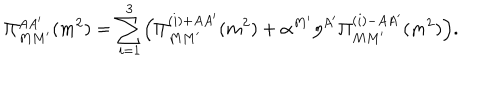
LaTeX: \Pi _ { M M ^ { \prime } } ^ { A A ^ { \prime } } ( m ^ { 2 } ) = \sum _ { i = 1 } ^ { 3 } \Bigl ( \Pi _ { M M ^ { \prime } } ^ { ( i ) + A A ^ { \prime } } ( m ^ { 2 } ) + \alpha ^ { M ^ { \prime } } \eta ^ { A ^ { \prime } } \Pi _ { M M ^ { \prime } } ^ { ( i ) - A A ^ { \prime } } ( m ^ { 2 } ) \Bigr ) .